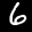
Label: 6